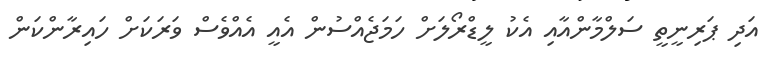
އަދި ޕަރިނީތީ ސަލްމާންއާއި އެކު ލީޑްރޯލަށް ހަމަޖެއްސުން އެއީ އެއްވެސް ވަރަކަށް ހައިރާންކަން